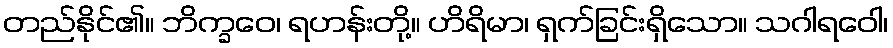
တည်နိုင်၏။ ဘိက္ခဝေ၊ ရဟန်းတို့။ ဟိရိမာ၊ ရှက်ခြင်းရှိသော။ သဂါရဝေါ၊